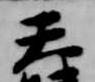
天